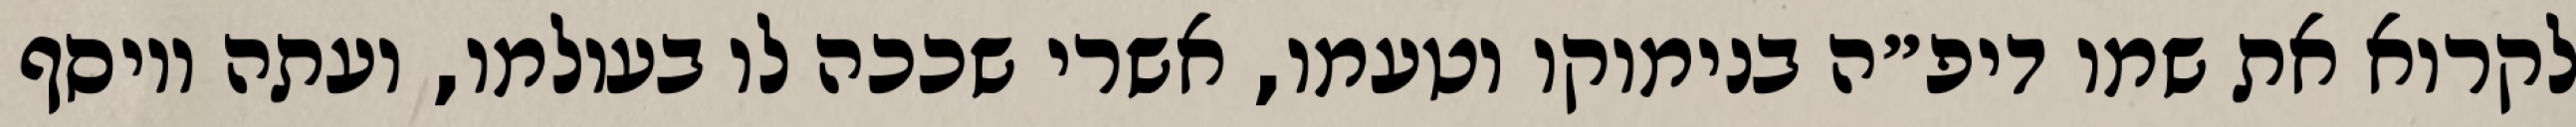
לקרוא את שמו דיפ״ה בנימוקו וטעמו, אשרי שככה לו בעולמו, ועתה ויוסף